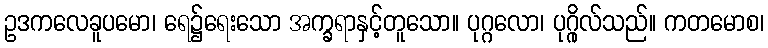
ဥဒကလေခူပမော၊ ရေ၌ရေးသော အက္ခရာနှင့်တူသော။ ပုဂ္ဂလော၊ ပုဂ္ဂိုလ်သည်။ ကတမောစ၊